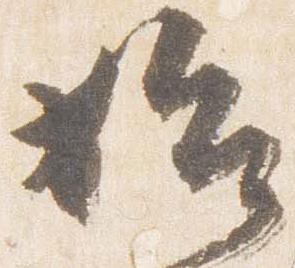
始